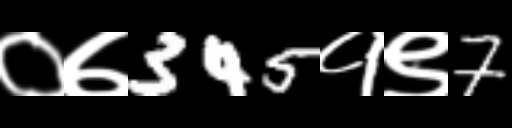
Text: ०७345१९7